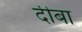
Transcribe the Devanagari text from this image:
दीबा